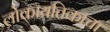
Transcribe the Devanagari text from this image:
लोकायतिकाचा